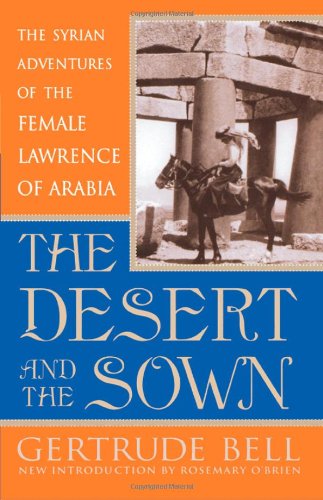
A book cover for The Desert and the Sown: The Syrian Adventures of the Female Lawrence of Arabia; Gertrude Bell; Travel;